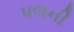
પલની